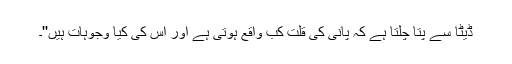
ڈیٹا سے پتا چلتا ہے کہ پانی کی قلت کب واقع ہوتی ہے اور اس کی کیا وجوہات ہیں''۔